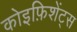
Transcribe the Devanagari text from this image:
कोइफ़िशेंट्स